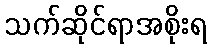
သက်ဆိုင်ရာအစိုးရ